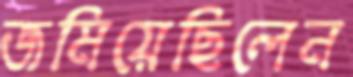
জমিয়েছিলেন